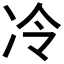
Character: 冷